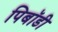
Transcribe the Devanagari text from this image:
पिबॉडी